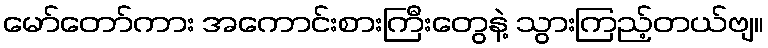
မော်တော်ကား အကောင်းစားကြီးတွေနဲ့ သွားကြည့်တယ်ဗျ။